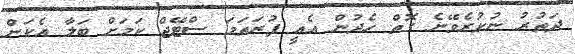
ދަތުރު ނުކުރެވޭނެ ގޮތް ހެދުން އެއީ ފުރަތަމަ ސްޓޭޖް ކަމަށް ބަލާ އެކަން